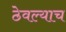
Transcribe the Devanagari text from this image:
ठेवल्याच